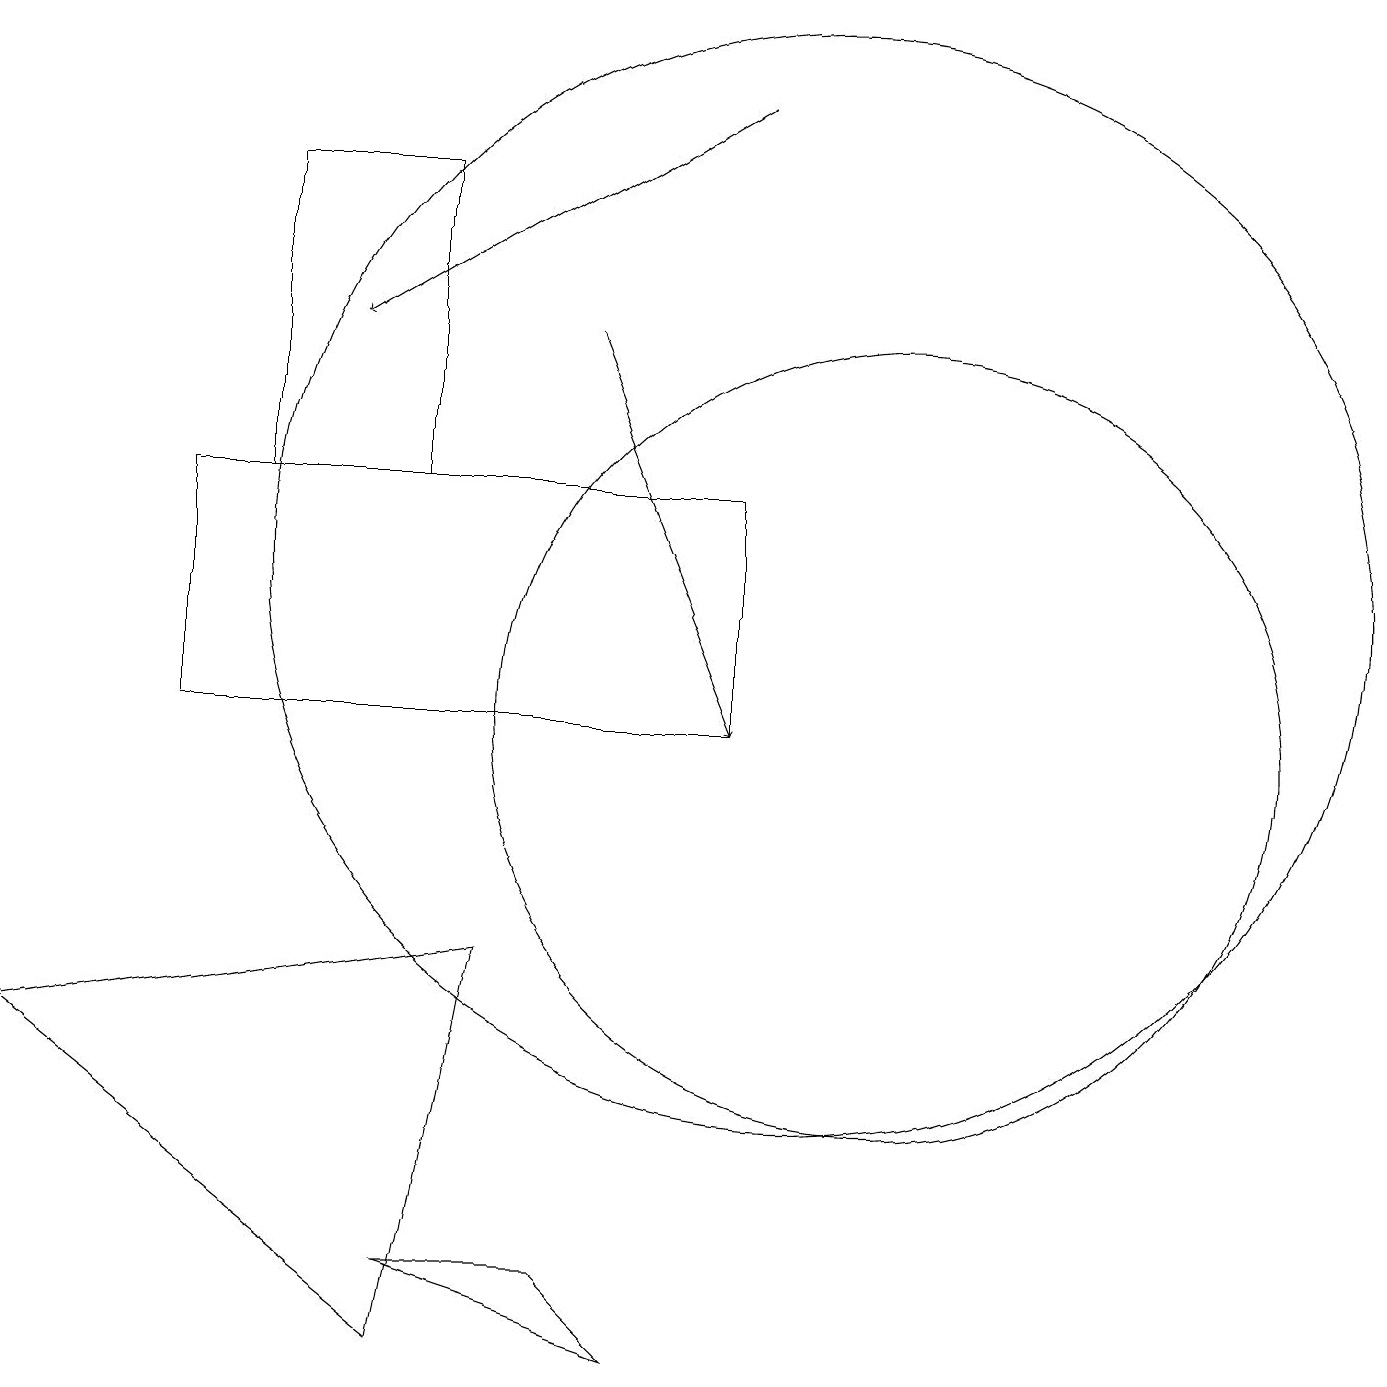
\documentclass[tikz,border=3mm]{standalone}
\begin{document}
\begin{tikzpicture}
\draw[->] (9,18) -- (4,15);
\draw (5,3) -- (8,2) -- (7,3) -- cycle;
\draw (11,10) circle (5);
\draw (5,2) -- (0,6) -- (6,7) -- cycle;
\draw (9,13) rectangle (2,10);
\draw (10,12) circle (7);
\draw[->] (7,15) -- (9,10);
\draw (5,17) rectangle (3,13);
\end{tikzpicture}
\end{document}